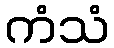
ကံသံ